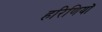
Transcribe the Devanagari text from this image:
हरिणियों